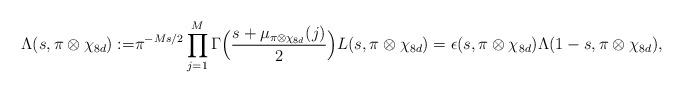
LaTeX: \begin{align*} \Lambda(s, \pi \otimes \chi_{8d}):=&\pi^{-Ms/2}\prod^M_{j=1}\Gamma \Big( \frac {s+\mu_{\pi \otimes \chi_{8d}}(j)}{2}\Big) L(s, \pi \otimes\chi_{8d}) = \epsilon(s, \pi \otimes \chi_{8d})\Lambda(1-s, \pi \otimes \chi_{8d}),\end{align*}